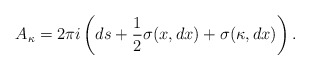
\begin{align*}A_\kappa =2\pi i \left(ds+\frac{1}{2}\sigma( x, dx)+\sigma(\kappa, dx)\right).\end{align*}